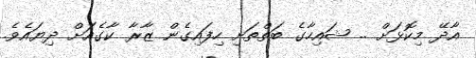
އާދޭ މިކޮޅަށް .. ޝައިހާގެ ބަތްތަށި ހިފައިގެން ޒާރާ ކާގެއަށް ދިޔައެވެ.